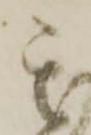
其